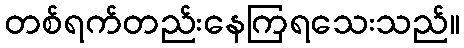
တစ်ရက်တည်းနေကြရသေးသည်။